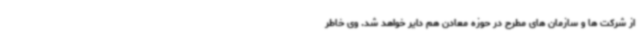
از شرکت ها و سازمان های مطرح در حوزه معادن هم دایر خواهد شد. وی خاطر